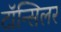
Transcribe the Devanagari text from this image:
टॉन्सिलर